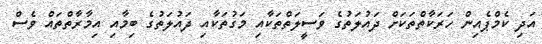
އަދި ކެމްޕެއިން ހަރަކާތްތަކަށް ދައުލަތުގެ ވަސީލަތްތަކާއި މަގުތަކާއި ދައުލަތުގެ ބިމާއި އިމާރާތްތައް ވެސް